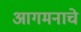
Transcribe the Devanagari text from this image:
आगमनाचे